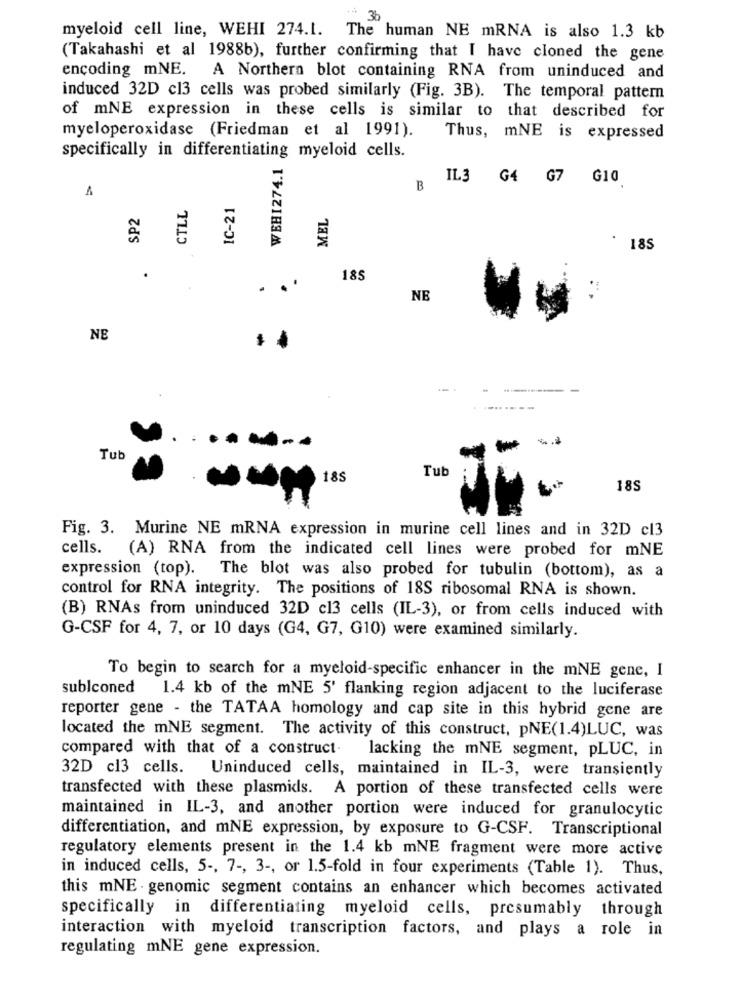
36
myeloid cell line, WEHI 274.1. The human NE mRNA is also 1.3 kb
(Takahashi et al 1988b), further confirming that I have cloned the gene
encoding mNE. A Northern blot containing RNA from uninduced and
induced 32D cl3 cells was probed similarly (Fig. 3B). The temporal pattern
of mNE expression in these cells is similar to that described for
myeloperoxidase (Friedman et al 1991).
Thus, mNE is expressed
specifically in differentiating myeloid cells.
WEHI274.1
IL3 G4 G7 G10
1
B
CTLL
IC-21
SP2
MEL
185
.
185
.
NE
NE
Tub
Tub
18S
18S
Fig. 3. Murine NE mRNA expression in murine cell lines and in 32D c13
cells. (A) RNA from the indicated cell lines were probed for mNE
expression (top). The blot was also probed for tubulin (bottom), as a
control for RNA integrity. The positions of 18S ribosomal RNA is shown.
(B) RNAs from uninduced 32D c13 cells (IL-3), or from cells induced with
G-CSF for 4, 7, or 10 days (G4, G7, G10) were examined similarly.
To begin to search for a myeloid-specific enhancer in the mNE gene, I
sublconed
1.4 kb of the mNE 5' flanking region adjacent to the luciferase
reporter gene - the TATAA homology and cap site in this hybrid gene are
located the mNE segment. The activity of this construct, pNE(1.4)LUC, was
compared with that of a construct-
lacking the mNE segment, pLUC, in
32D cl3 cells. Uninduced cells, maintained in IL-3, were transiently
transfected with these plasmids. A portion of these transfected cells were
maintained in IL-3, and another portion were induced for granulocytic
differentiation, and mNE expression, by exposure to G-CSF. Transcriptional
regulatory elements present in the 1.4 kb mNE fragment were more active
in induced cells, 5 -, 7 -, 3 -, or 1.5-fold in four experiments (Table 1). Thus,
this mNE . genomic segment contains an enhancer which becomes activated
specifically in differentiating myeloid cells, presumably through
interaction with myeloid transcription factors, and plays a role in
regulating mNE gene expression.